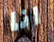
انا